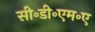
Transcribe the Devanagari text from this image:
सी॰डी॰एम॰ए